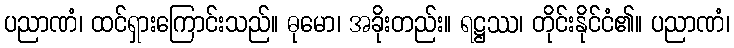
ပညာဏံ၊ ထင်ရှားကြောင်းသည်။ ဓုမော၊ အခိုးတည်း။ ရဋ္ဌဿ၊ တိုင်းနိုင်ငံ၏။ ပညာဏံ၊